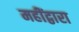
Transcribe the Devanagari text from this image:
महींद्वारा